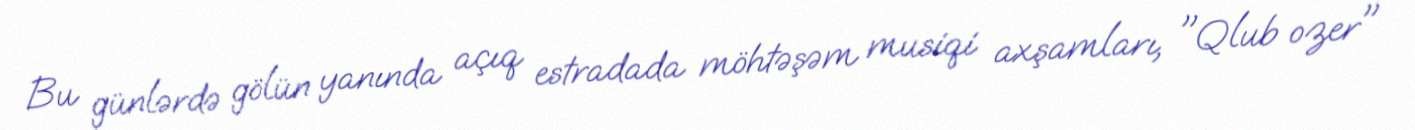
Bu günlərdə gölün yanında açıq estradada möhtəşəm musiqi axşamları, "Qlub ozer"